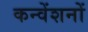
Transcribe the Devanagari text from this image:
कन्वेंशनों